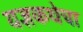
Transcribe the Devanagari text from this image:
यज्ञकथेचा